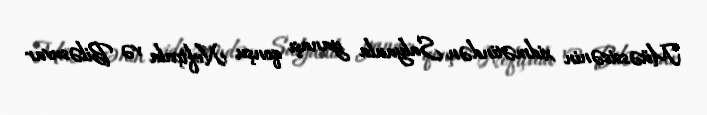
Müəssisənin xidmətindən Salyanla yanaşı qonşu Neftçala və Biləsuvar